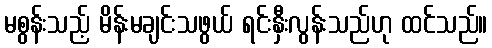
မစွန်းသည့် မိန်းမချင်းသဖွယ် ရင်းနှီးလွန်းသည်ဟု ထင်သည်။